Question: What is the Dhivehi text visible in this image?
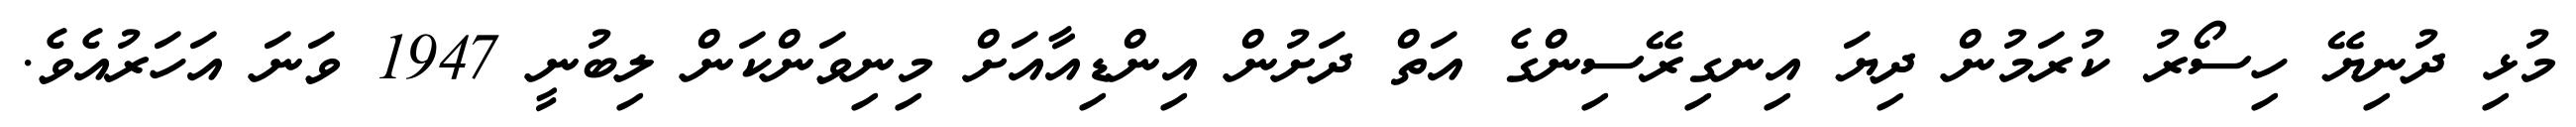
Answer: މުޅި ދުނިޔޭ ހިސޯރު ކުރަމުން ދިޔަ އިނގިރޭސިންގެ އަތް ދަށުން އިންޑިއާއަށް މިނިވަންކަން ލިބުނީ 1947 ވަނަ އަހަރުއެވެ.